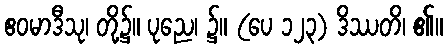
ဧဝမာဒီသု၊ တို့၌။ ပုညေ၊ ၌။ (ပေ ၁၂၃) ဒိဿတိ၊ ၏။